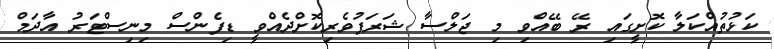
ކަޅުތުއްކަލާ ކޮށީގައި ރޭ ބޭއްވި މި ޖަލްސާ ޝަރަފުވެރިކޮށްދެއްވީ ޑިފެންސް މިނިސްޓަރު އާދަމް